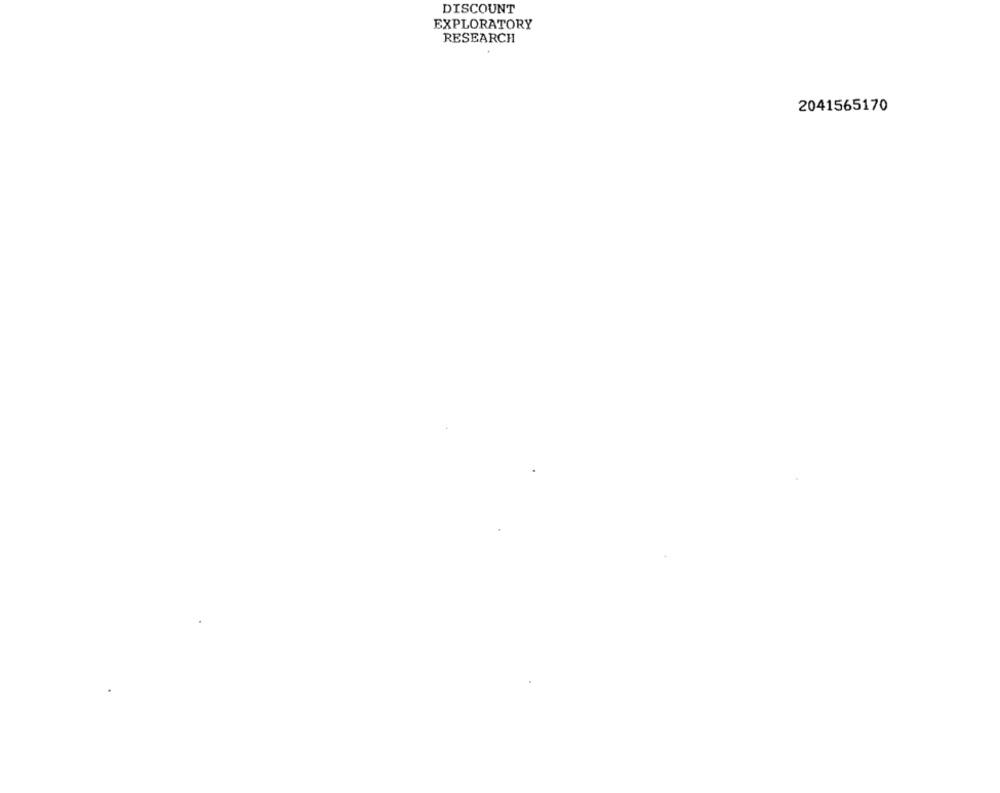
DISCOUNT
EXPLORATORY
RESEARCH
2041565170